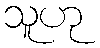
သူဟု